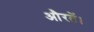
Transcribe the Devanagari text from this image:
औरतें।